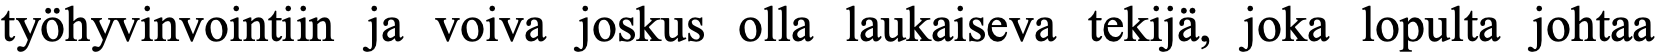
työhyvinvointiin ja voiva joskus olla laukaiseva tekijä, joka lopulta johtaa